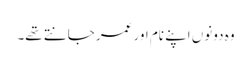
وہ دونوں اپنے نام اور عمر جانتے تھے۔